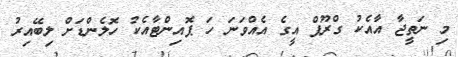
މި ނަތީޖާ އާއެކު ގްރޫޕް އީގެ އެއްވަނަ ހަ ޕޮއިންޓާއެކު ހޮލެންޑަށް ލިބޭއިރު